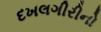
દખલગીરીનો